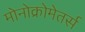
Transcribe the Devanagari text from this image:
मोनोक्रोमेतर्स